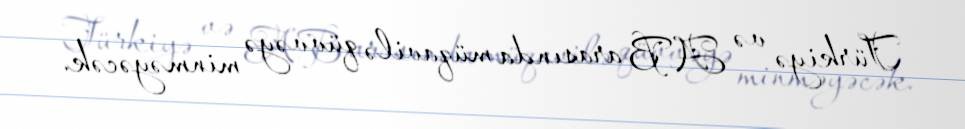
Türkiyə və AB arasında müqavilə qüvvəyə minməyəcək.